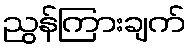
ညွန်ကြားချက်